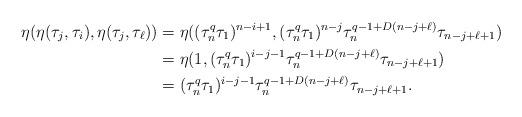
LaTeX: \begin{align*} \eta(\eta(\tau_j, \tau_i),\eta(\tau_j, \tau_\ell))&=\eta((\tau_n^q\tau_1)^{n-i+1}, (\tau_n^q\tau_1)^{n-j}\tau_n^{q-1+D(n-j+\ell)}\tau_{n-j+\ell+1})\\ &=\eta(1,(\tau_n^q\tau_1)^{i-j-1}\tau_n^{q-1+D(n-j+\ell)}\tau_{n-j+\ell+1})\\ &=(\tau_n^q\tau_1)^{i-j-1}\tau_n^{q-1+D(n-j+\ell)}\tau_{n-j+\ell+1}.\end{align*}